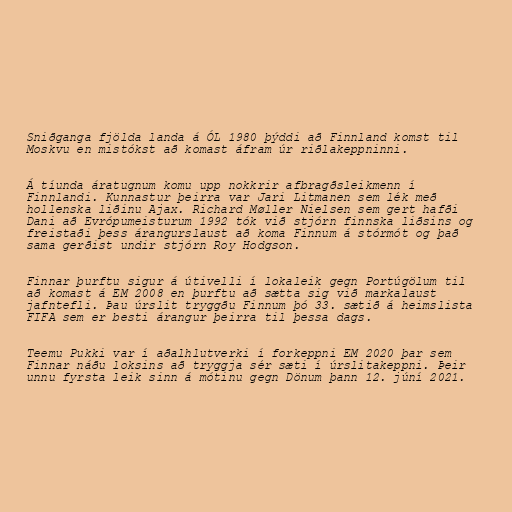
Sniðganga fjölda landa á ÓL 1980 þýddi að Finnland komst til
Moskvu en mistókst að komast áfram úr riðlakeppninni.

Á tíunda áratugnum komu upp nokkrir afbragðsleikmenn í
Finnlandi. Kunnastur þeirra var Jari Litmanen sem lék með
hollenska liðinu Ajax. Richard Møller Nielsen sem gert hafði
Dani að Evrópumeisturum 1992 tók við stjórn finnska liðsins og
freistaði þess árangurslaust að koma Finnum á stórmót og það
sama gerðist undir stjórn Roy Hodgson.

Finnar þurftu sigur á útivelli í lokaleik gegn Portúgölum til
að komast á EM 2008 en þurftu að sætta sig við markalaust
jafntefli. Þau úrslit tryggðu Finnum þó 33. sætið á heimslista
FIFA sem er besti árangur þeirra til þessa dags.

Teemu Pukki var í aðalhlutverki í forkeppni EM 2020 þar sem
Finnar náðu loksins að tryggja sér sæti í úrslitakeppni. Þeir
unnu fyrsta leik sinn á mótinu gegn Dönum þann 12. júní 2021.